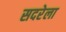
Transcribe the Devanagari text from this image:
सदरेला